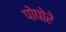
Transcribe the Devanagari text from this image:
पोपोरे